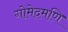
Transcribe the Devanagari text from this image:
गोमेदमणि